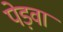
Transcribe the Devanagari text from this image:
पेड़वा